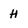
Character: H